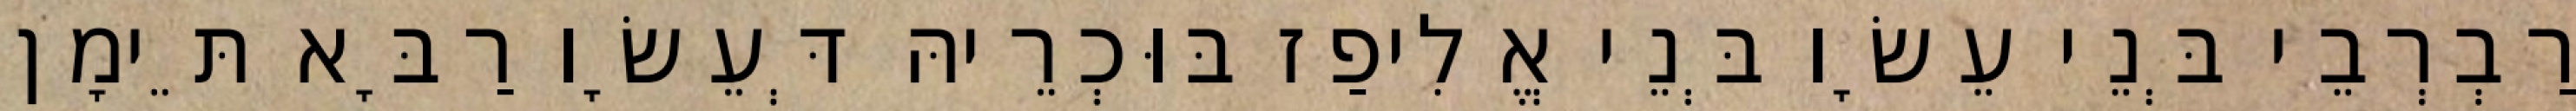
רַבְרְבֵי בְּנֵי עֵשָׂו בְּנֵי אֱלִיפַז בּוּכְרֵיהּ דְּעֵשָׂו רַבָּא תֵּימָן